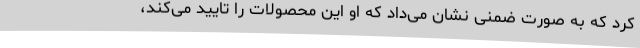
کرد که به صورت ضمنی نشان می‌داد که او این محصولات را تایید می‌کند،